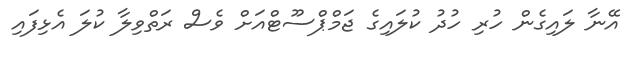
އޭނާ ލައިގެން ހުރި ހުދު ކުލައިގެ ޖަމްޕްސޫޓްއަށް ވެސް ރަތްވިލާ ކުލަ އެޅިފައި